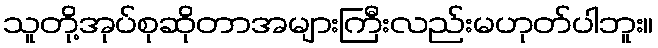
သူတို့အုပ်စုဆိုတာအများကြီးလည်းမဟုတ်ပါဘူး။